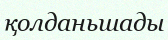
қолданьшады